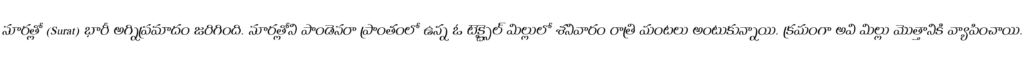
సూరత్లో (Surat) భారీ అగ్నిప్రమాదం జరిగింది. సూరత్లోని పాండెసరా ప్రాంతంలో ఉన్న ఓ టెక్స్టైల్ మిల్లులో శనివారం రాత్రి మంటలు అంటుకున్నాయి. క్రమంగా అవి మిల్లు మొత్తానికి వ్యాపించాయి.